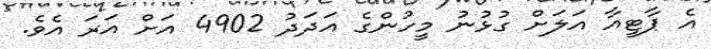
އެ ޕާޓީއާ އަލަށް ގުޅުނު މީހުންގެ އަދަދު 4902 އަށް އަރަ އެވެ.